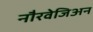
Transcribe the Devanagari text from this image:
नौरवेजिअन